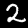
Digit: 2